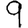
Digit: 9